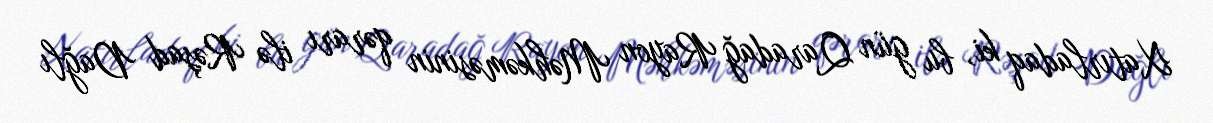
Xatırladaq ki, bu gün Qaradağ Rayon Məhkəməsinin qərarı ilə Rəşad Dağlı